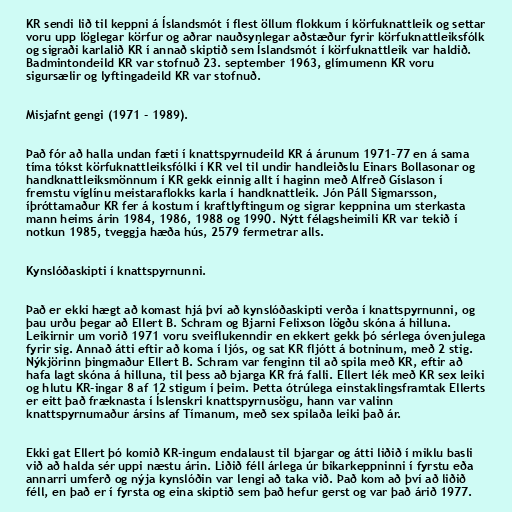
KR sendi lið til keppni á Íslandsmót í flest öllum flokkum í körfuknattleik og settar
voru upp löglegar körfur og aðrar nauðsynlegar aðstæður fyrir körfuknattleiksfólk
og sigraði karlalið KR í annað skiptið sem Íslandsmót í körfuknattleik var haldið.
Badmintondeild KR var stofnuð 23. september 1963, glímumenn KR voru
sigursælir og lyftingadeild KR var stofnuð.

Misjafnt gengi (1971 - 1989).

Það fór að halla undan fæti í knattspyrnudeild KR á árunum 1971-77 en á sama
tíma tókst körfuknattleiksfólki í KR vel til undir handleiðslu Einars Bollasonar og
handknattleiksmönnum í KR gekk einnig allt í haginn með Alfreð Gíslason í
fremstu víglínu meistaraflokks karla í handknattleik. Jón Páll Sigmarsson,
íþróttamaður KR fer á kostum í kraftlyftingum og sigrar keppnina um sterkasta
mann heims árin 1984, 1986, 1988 og 1990. Nýtt félagsheimili KR var tekið í
notkun 1985, tveggja hæða hús, 2579 fermetrar alls.

Kynslóðaskipti í knattspyrnunni.

Það er ekki hægt að komast hjá því að kynslóðaskipti verða í knattspyrnunni, og
þau urðu þegar að Ellert B. Schram og Bjarni Felixson lögðu skóna á hilluna.
Leikirnir um vorið 1971 voru sveiflukenndir en ekkert gekk þó sérlega óvenjulega
fyrir sig. Annað átti eftir að koma í ljós, og sat KR fljótt á botninum, með 2 stig.
Nýkjörinn þingmaður Ellert B. Schram var fenginn til að spila með KR, eftir að
hafa lagt skóna á hilluna, til þess að bjarga KR frá falli. Ellert lék með KR sex leiki
og hlutu KR-ingar 8 af 12 stigum í þeim. Þetta ótrúlega einstaklingsframtak Ellerts
er eitt það fræknasta í Íslenskri knattspyrnusögu, hann var valinn
knattspyrnumaður ársins af Tímanum, með sex spilaða leiki það ár.

Ekki gat Ellert þó komið KR-ingum endalaust til bjargar og átti liðið í miklu basli
við að halda sér uppi næstu árin. Liðið féll árlega úr bikarkeppninni í fyrstu eða
annarri umferð og nýja kynslóðin var lengi að taka við. Það kom að því að liðið
féll, en það er í fyrsta og eina skiptið sem það hefur gerst og var það árið 1977.